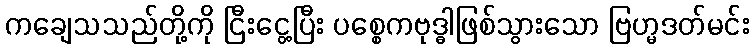
ကချေသသည်တို့ကို ငြီးငွေ့ပြီး ပစ္စေကဗုဒ္ဓါဖြစ်သွားသော ဗြဟ္မဒတ်မင်း